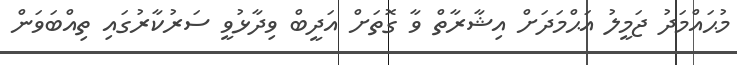
މުޙައްމަދު ޖަމީލު އަޙްމަދަށް އިޝާރާތް ވާ ގޮތަށް އަދީބް ވިދާޅުވީ ސަރުކާރުގައި ތިއްބަވަން